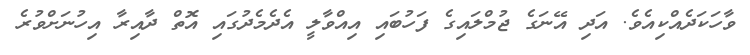
ވާހަކަދެއްކިއެވެ. އަދި އޭނަގެ ޖުމްލައިގެ ފަހުބައި އިއްވާލީ އެދެމެދުގައި އޮތް ދާއިރާ އިހުނަށްވުރެ